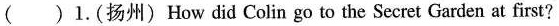
()1.(扬州) How did Colin go to the Secret Garden at first?